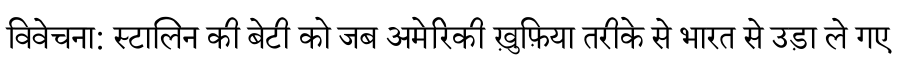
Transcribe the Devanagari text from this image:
विवेचना: स्टालिन की बेटी को जब अमेरिकी ख़ुफ़िया तरीके से भारत से उड़ा ले गए